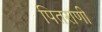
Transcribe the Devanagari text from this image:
पितराणी